Vital statistics of India. Vol. IV, Annual returns from 1871 to 1876. British Army of India, Native Army and jails of Bengal
Year: 1871
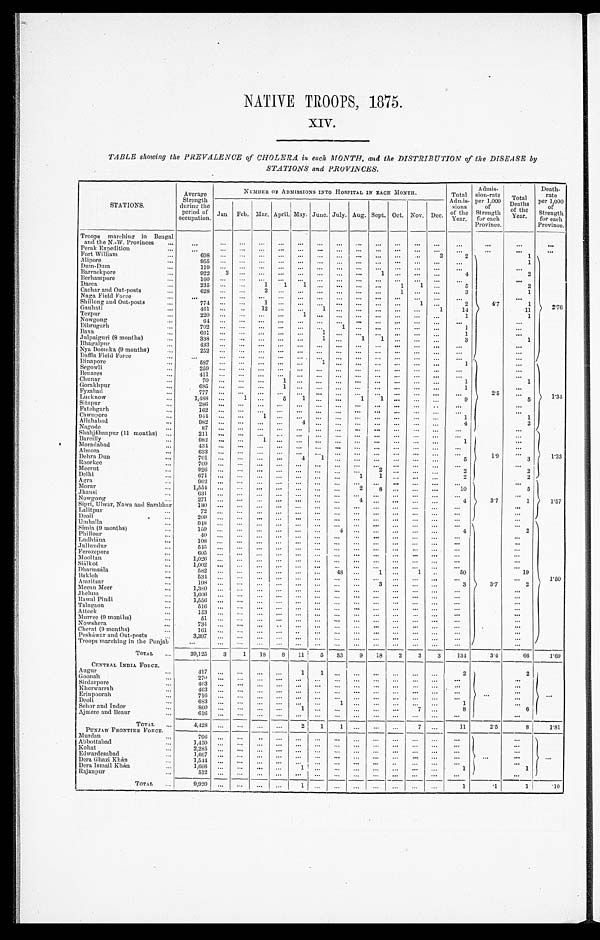
NATIVE TROOPS, 1875.
XIV.
TABLE showing the PREVALENCE of CHOLERA in each MONTH, and the DISTRIBUTION of the DISEASE by
STATIONS and PROVINCES.
STATIONS.
Average
Strength
during the
period of
occupation.
NUMBER OF ADMISSIONS INTO HOSPITAL IN
E A C H M O N T H .
Total
Admi s s i on of t he Year .
Admi ssi on-rat e
per 1,000
of
Strength
f o r e a c h P r o v i n c e .
Total D e a t h s o f t h e Y a e r .
D e a t h - r a t e p e r 1 , 0 0 0 s t r e n g t h f o r e a c h p r o v i n c e .
Jan Feb. Mar. April. May. June. July. Aug. Sept. Oct. Nov. Dec.
Troops marching in Bengal
and the N.-W. Provinces
...
...
. . .
. . .
. . .
. . .
. . .
. . . . . . ...
. . . ...
. . .
. . .
. . .
. . .
. . .
. . .
Perak Expedition
...
. . . . . .
. . .
. . .
. . .
. . .
. . .
. . .
. . . ... ...
. . .
. . .
. . .
. . .
. . .
. . .
Fort William
...
6 9 8
. . .
. . .
. . . ...
. . .
. . . ...
... ... ...
. . .
2
2
4.7
1
2. 76
Alipore
...
955
. . .
. . .
. . .
. . .
. . .
. . . ...
...
. . .
...
. . .
. . .
. . .
1
Dum-Dum
. . .
119
. . .
. . .
. . . ...
. . .
. . . ...
...
. . . ...
. . . ...
...
. . .
Barrackpore
...
922
3
. . .
. . . ...
. . .
. . .
. . .
. . .
1 ...
... ...
4
2
Berhampore
. . .
160
. . .
. . .
. . . ...
. . .
. . .
. . .
...
. . . ...
. . . ...
...
. . .
Dacca
...
235
. . .
. . .
1
1
1 ...
...
...
...
1
1 ...
5
2
Cachar and Out post
. . .
6 2 8
...
. . .
2
. . .
. . .
. . . ...
. . . ...
1
. . .
...
3
1
Naga Field Force
. . .
. . . . . .
. . . . . .
. . .
. . .
. . .
. . .
. . .
. . .
. . . . . .
. . .
. . .
. . .
Shillong and Out-posts
. . .
774
. . .
. . .
1 ...
. . .
. . . ...
... ...
...
1 ...
2
1
Gauhati
...
461
. . . ...
1 2
...
. . .
1
. . .
. . .
. . .
. . . . . . 1
14
1 1
Tezpur
. . .
2 2 0
... ...
. . .
...
1
. . .
. . .
. . .
. . .
. . . . . .
. . .
1
1
Nowgong
...
6 4
... ...
. . .
...
. . .
. . . ...
... ...
...
. . . ...
. . .
...
Dibrugarh
. . .
7 0 2
... ...
. . .
...
. . .
. . . 1
... ...
. . . . . .
. . .
1
. . .
Baxa
. . .
661
. . .
. . .
. . .
. . .
. . .
1 ...
... ...
... . . .
...
1
...
Julpaiguri (8 months)
. . .
3 3 8
... ...
. . .
...
. . . 1
. . .
1 1
...
. . . ...
3
1
Bhagalpur
...
433
. . . ...
. . .
. . .
. . .
. . .
. . .
. . .
. . .
. . . . . .
. . .
. . .
...
Nya Doomka (9 mouths)
. . .
2 5 2
... ...
. . . ...
. . .
. . . ...
... ...
...
. . . ...
. . .
. . .
Deffla Field Force
. . .
. . . . . .
. . . . . .
. . . ...
...
...
. . .
. . .
. . . . . .
...
. . .
2.5
...
Dinapore
. . .
587 ... ...
. . . ...
. . .
1 ...
...
...
...
. . .
. . .
1
...
1. 34
Segowli
. . .
259 ... ...
. . . ...
. . .
. . .
...
... ... ...
...
. . .
. . .
. . .
Benares
. . .
411 ... ...
. . . ...
. . .
. . .
...
... ...
... . . .
. . .
. . .
. . .
Chunar
...
7 0
... ...
. . . 1
. . .
. . .
. . .
. . .
. . .
. . .
. . . ...
1
1
Gorakhpur
...
6 8 5
... ...
. . . 1
...
. . . ...
... ...
...
. . . ...
1
...
Fyzabad
...
7 7 7
... ...
. . . ...
. . .
. . . ...
... ...
...
. . . ...
. . .
. . .
Lucknow
. . .
1,488 ...
1
. . .
5
1
. . .
. . .
1
1
. . . . . .
. . .
9
5
Sitapur
...
286 ...
. . .
. . .
. . .
. . .
. . . ... ...
. . . ...
. . .
. . .
. . .
...
Fatehgarh
...
162
. . .
. . .
. . .
. . .
. . .
. . . ... ...
. . . ...
. . . ...
. . .
...
Cawnpore
...
944 ...
. . .
1
. . .
. . .
. . . ... ...
. . . ...
. . . ...
1
1
Allahabad.
...
9 8 2
... ...
. . .
. . .
4
. . . ... ...
. . . ...
. . . ...
4
2
Nagodc
...
8 7
... ...
. . .
. . .
. . .
. . . ... ...
. . . ...
. . . ...
. . .
...
1.33
Shahjáhanpur (11 months)
. . .
2 1 1
... ...
. . .
. . .
. . .
. . . ... ...
. . . ... . . .
. . .
. . .
1.9
. . .
Bareilly
...
982
. . .
. . .
1
. . .
. . .
. . . ... ...
. . . ... ...
...
1
. . .
Moradabad
...
434
. . . ...
. . .
. . .
. . .
. . .
. . . ...
...
...
...
...
. . .
. . .
Almora
. . .
6 3 3
... ...
. . .
...
. . .
. . . ... ...
...
...
. . . ...
. . .
. . .
Dehra Dun
...
7 0 1
... ...
. . .
...
4
1 ... ...
...
...
. . . ...
5
3
Roorkee
. . .
709
. . . ...
. . .
. . .
. . .
. . .
. . .
. . .
. . .
. . . . . .
. . .
...
. . .
Meerut
...
9 2 6
... ...
. . . ...
. . .
. . . ...
...
2
. . . ... ...
2
2
Delhi
. . .
671
. . .
. . .
. . .
. . .
. . .
. . .
. . .
1
1 ...
. . . ...
2
2
Agra
. . .
962 ... ...
. . . ...
. . .
. . . ... ...
. . . ...
...
...
. . .
3.7
. . .
1.57
Morar
...
1,554 ... ...
. . .
. . .
. . .
. . .
. . .
2
8
. . .
. . . ...
10
5
Jhansi
. . .
6 3 1
... ...
. . . ...
. . .
. . . ... ...
. . . ...
. . . ...
. . .
. . .
Nowgong
...
271 ...
. . .
. . . ...
. . .
. . .
. . . 4
. . .
. . .
. . . ...
4
1
Sipri, Ulwar, Nawa and Sambhar
1 3 0
... ...
. . . ...
. . .
. . . ... ...
...
...
. . . ...
. . .
. . .
Lalitpur
...
7 2
... ...
. . . ...
. . .
. . .
...
. . .
. . .
. . . . . . ...
. . .
...
Deoli
...
2 0 9
... ...
. . . ...
. . .
. . .
...
...
. . . . . . . . . ...
...
. . .
Umballa
. . .
948 ...
. . .
. . .
. . .
. . .
. . .
. . .
. . .
. . .
...
. . .
. . .
. . .
3.7
1.50
Simla (9 months)
. . .
1 5 9
... ...
. . . ...
. . .
. . . 4
... ...
...
. . .
. . .
4
2
Phillour
. . .
40
. . . ...
. . .
. . .
. . .
. . .
. . .
... ...
...
. . .
. . .
...
. . .
Ludhián
. . .
1 0 8
... ...
. . . ...
. . .
. . . ...
... ... ...
...
...
...
...
Jullundur
. . .
5 4 5
... ...
. . . ...
. . .
. . .
. . .
. . .
. . .
. . . . . .
. . .
. . .
...
Ferozepore
. . .
6 0 5
... ...
. . . ...
. . .
. . . ...
... ...
...
. . . ...
. . .
...
Mooltan
. . .
1 , 0 2 6
... ...
. . . ...
. . .
. . . ...
... ...
...
. . . ...
...
...
Siálkot
. . .
1,002 ...
. . . . . . ...
. . .
. . . ...
... ...
...
. . . ...
...
...
Dharmsála
...
5 8 2
... ...
. . . ...
. . .
. . . 48
...
1 ...
1
. . .
50
1 9
Bakloh
...
534 ... ...
. . .
. . .
. . .
. . .
. . .
. . .
. . .
. . . . . .
. . .
...
. . .
Amritsar
. . .
1 9 8
... ...
. . .
...
. . .
. . . ...
... 3
...
. . . ...
3
2
Mecan Meer
. . .
1,380 ...
. . .
. . .
. . .
. . .
. . .
. . .
. . .
. . . ... . . . ...
...
...
Jhelum
. . .
1,606 ...
...
...
...
...
...
...
...
...
...
...
...
...
...
Rawal Pindi
. . .
1,556 ...
. . . ...
...
...
... ...
. . .
. . .
. . . . . .
. . .
...
. . .
Talagaon
. . .
516 ... ...
. . .
...
. . .
. . . ...
... ... ...
...
...
...
...
Attock
. . .
1 5 3
... ...
. . .
...
. . .
. . . ...
...
. . .
. . .
. . . ...
...
. . .
Murree (9 months)
. . .
51 ... ...
. . .
...
. . .
. . . ...
... ...
...
. . . ...
. . .
...
Nowshera
. . .
7 3 4
... ...
. . .
...
. . .
. . . ...
...
. . . ...
. . .
...
...
. . .
Cherat (9 months)
...
161 ... ...
...
...
. . .
...
. . .
. . .
. . .
. . . . . . ...
. . .
. . .
Peshawar and Out-posts
. . .
3 , 3 9 7
... ...
. . .
. . .
. . .
. . . ...
...
...
...
. . . ...
. . .
...
Troops marching in the Punjab
...
... ...
...
. . . ...
. . .
. . .
. . .
. . .
. . .
. . .
. . .
. . .
. . .
TOTA L ...
39,125
3
1
18
8 11
5
53
9
18
2
3
3
134
3.4
66
1.69
CENTEAL INDIA FORCE.
. . .
2
Augur
...
4 1 7
. . .
. . .
. . .
. . .
1
1
. . .
...
. . . ...
. . .
. .
2
2
Goonah
. . .
2 7 0
2 7 0
. . .
. . .
. . .
. . . ...
...
...
...
...
...
...
...
. . .
. . .
Sirdarpore
...
403 ...
. . . ...
...
...
...
...
...
...
...
. . .
. . .
. . .
. . .
Kherwarrah
...
4 6 3
...
. . .
. . .
. . .
. . .
. . .
. . .
...
. . .
. . .
. . .
. . .
. . .
...
Erinpoorah
...
7 1 6
...
. . .
. . .
. . .
. . .
. . .
. . .
...
. . . ...
. . .
...
. . .
...
Deoli
...
6 8 3
...
. . .
. . .
. . .
. . .
. . .
1 ...
. . . ...
. . .
...
1
...
Sehor and Indor
. . .
8 6 0
...
. . .
. . .
. . .
1
. . .
. . .
...
. . . ...
7 ...
8
6
Ajmere and Beaur
...
616 ...
...
. . .
. . .
. . .
. . .
. . .
. . .
. . . . . .
. . .
. . .
...
. . .
TOTAL
. . .
4 , 4 2 8
... ...
. . .
. . .
2
1
1 ...
. . . ...
7 ...
11
2.5
8
1.81
PUNJAB FRONTIER FORCE.
. . .
...
Mu r dan
...
796 ...
...
. . .
. . .
. . .
. . . ...
...
...
...
...
...
. ..
. . .
Abbottabad
...
1 , 4 5 0
...
. . .
. . .
. . .
. . .
. . .
. . .
. . .
. . . . . .
. . . ...
. . .
. . .
Kohat
...
2 , 2 8 5
...
. . .
. . .
. . .
. . .
. . .
. . .
...
...
...
...
...
...
...
Edwardesabad
...
1 , 6 6 7
...
. . .
. . .
. . .
. . .
. . .
. . . ...
...
...
...
...
. . .
...
Dera Ghazi Khan
...
1 , 5 4 4 ...
...
...
...
. . . ...
...
...
...
. . . ...
...
...
. . .
Dera Ismail Khan
...
1,666 ...
. . .
. . . ...
1
. . .
... ...
...
...
. . .
. . .
1
1
Raj anpur
. . .
5 1 2
...
. . .
. . .
...
. . .
. . .
...
. . . ...
...
. . .
...
. . .
. . .
TOTAL
. . .
9,920
. . .
. . .
. . .
...
1
. . .
.... ... ... ...
. . .
...
1
.1
1
. 1 0